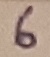
Text: 6